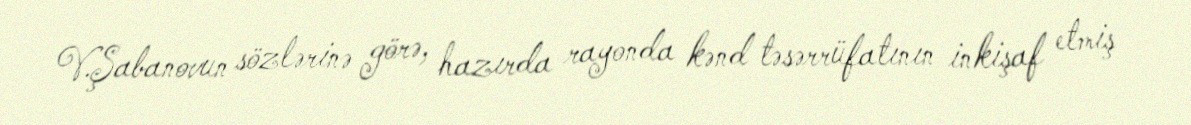
V.Şabanovun sözlərinə görə, hazırda rayonda kənd təsərrüfatının inkişaf etmiş